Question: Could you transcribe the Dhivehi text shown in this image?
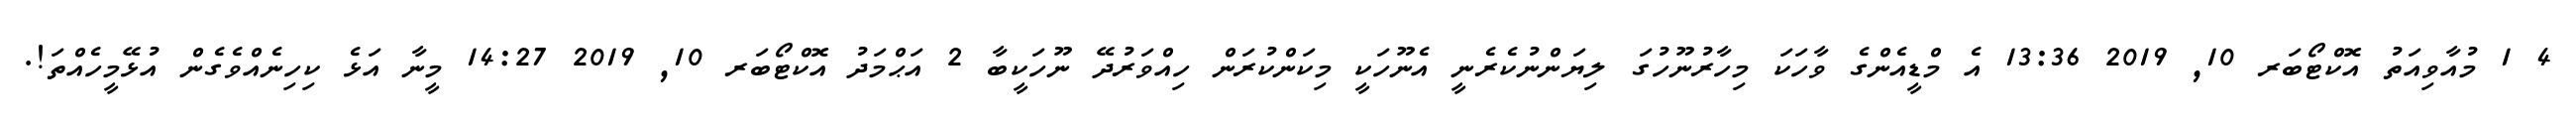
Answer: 4 1 މުއާވިއަތު އޮކްޓޯބަރ 10, 2019 13:36 އެ މްޑީއެންގެ ވާހަކަ މިހާރުނޫހުގަ ލިޔަންނުކެރެނީ އެނޫހަކީ މިކަންކުރަން ހިއްވަރުދޭ ނޫހަކީބާ 2 އަޙްމަދު އޮކްޓޯބަރ 10, 2019 14:27 މީނާ އަޅެ ކިހިނެއްވެގެން އުޅޭމީހެއްތަ!.